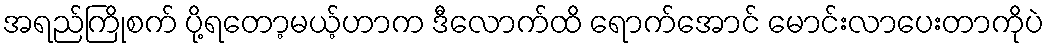
အရည်ကြိုစက် ပို့ရတော့မယ့်ဟာက ဒီလောက်ထိ ရောက်အောင် မောင်းလာပေးတာကိုပဲ